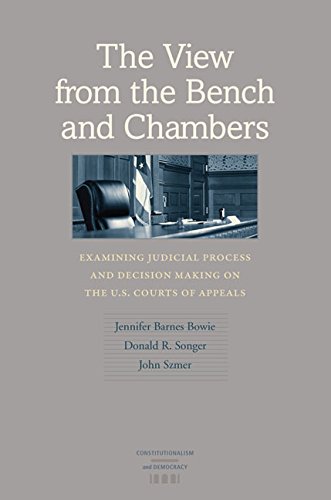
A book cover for The View from the Bench and Chambers: Examining Judicial Process and Decision Making on the U.S. Courts of Appeals (Constitutionalism and Democracy); Jennifer Barnes Bowie; Law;